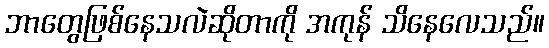
ဘာတွေဖြစ်နေသလဲဆိုတာကို အကုန် သိနေလေသည်။